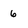
Character: 6